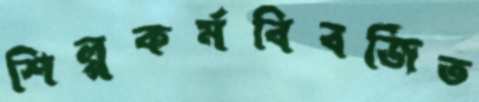
শিল্পকর্মবিবর্জিত